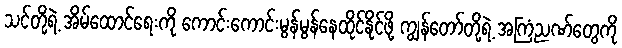
သင်တို့ရဲ့ အိမ်ထောင်ရေးကို ကောင်းကောင်းမွန်မွန်နေထိုင်နိုင်ဖို့ ကျွန်တော်တို့ရဲ့ အကြံညဏ်တွေကို